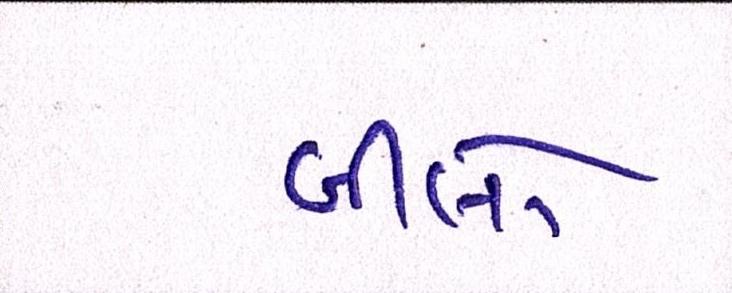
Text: બીલો